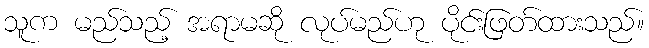
သူက မည်သည့် အရာမဆို လုပ်မည်ဟု ပိုင်းဖြတ်ထားသည်။